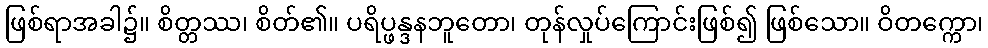
ဖြစ်ရာအခါ၌။ စိတ္တဿ၊ စိတ်၏။ ပရိပ္ဖန္ဒနဘူတော၊ တုန်လှုပ်ကြောင်းဖြစ်၍ ဖြစ်သော။ ဝိတက္ကော၊